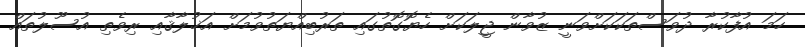
ހަމަ އުފާކުރާ ދުވަސްތަކަކަށްވަނީ ޒުވާން ޖީލަކަށް ހެޔޮގޮތުގައި ތަރުބިއްޔަތުވުމަށް އަޚުލާޤާއި ރިވެތި އުސޫލުތައް